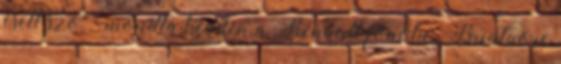
esett szó" - mondta kedden a Renault főnöke. Briataore